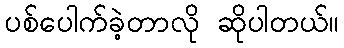
ပစ်ပေါက်ခဲ့တာလို ဆိုပါတယ်။